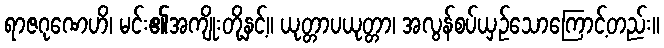
ရာဇဂုဏေဟိ၊ မင်း၏အကျိုးတို့နှင့်။ ယုတ္တာပယုတ္တာ၊ အလွန်စပ်ယှဉ်သောကြောင့်တည်း။